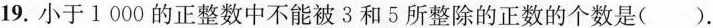
19.小于1000的正整数中不能被3和5所整除的正数的个数是()。